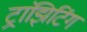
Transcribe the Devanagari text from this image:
ट्रांझिटिंग